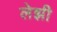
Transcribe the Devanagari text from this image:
लेझी